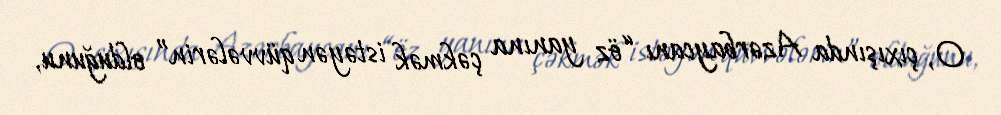
O, çıxışında Azərbaycanı “öz yanına çəkmək istəyən qüvvələrin” olduğunu,